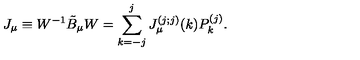
J _ { \mu } \equiv W ^ { - 1 } \tilde { B } _ { \mu } W = \sum _ { k = - j } ^ { j } J _ { \mu } ^ { ( j ; j ) } ( k ) P _ { k } ^ { ( j ) } .